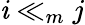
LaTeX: \mathit{i}\ll_{m}j